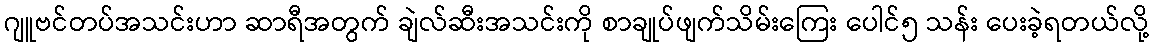
ဂျူဗင်တပ်အသင်းဟာ ဆာရီအတွက် ချဲလ်ဆီးအသင်းကို စာချုပ်ဖျက်သိမ်းကြေး ပေါင်၅ သန်း ပေးခဲ့ရတယ်လို့